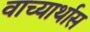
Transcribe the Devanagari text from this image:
वाच्यार्थास